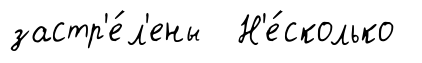
застр'е́л'ены Н'е́сколько